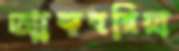
আকবরিয়া